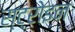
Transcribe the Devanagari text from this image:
स्ट्रोइन